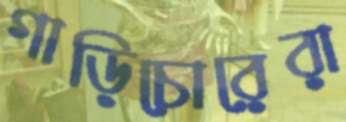
গাড়িচোরেরা